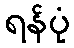
ရန်ပုံ